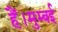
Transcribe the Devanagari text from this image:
हैं।मुम्बई